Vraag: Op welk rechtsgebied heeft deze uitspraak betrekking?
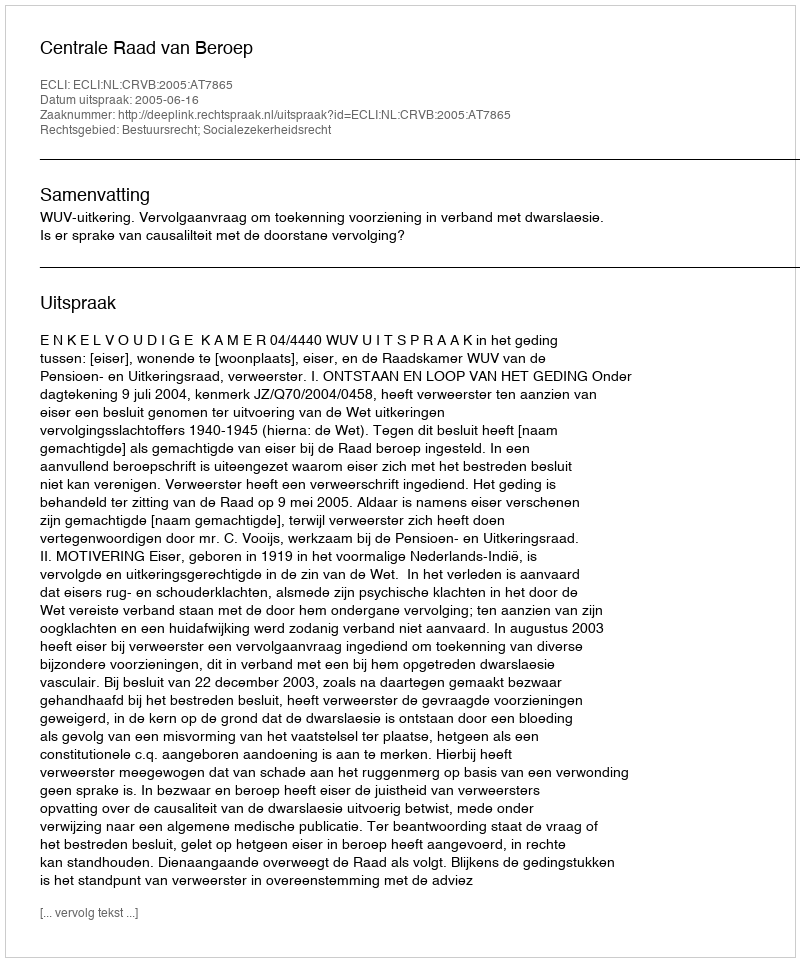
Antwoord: Bestuursrecht; Socialezekerheidsrecht